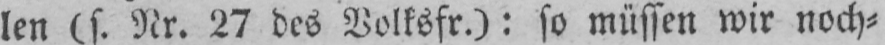
len (s. Nr. 27 des Volksfr.): so müssen wir noch⸗